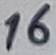
Text: 16